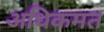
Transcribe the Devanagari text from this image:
अधिकमत